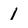
Character: I